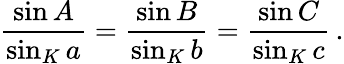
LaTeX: {\frac{\sin A}{\sin_{K}a}}={\frac{\sin B}{\sin_{K}b}}={\frac{\sin C}{\sin_{K}c}}\, .